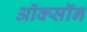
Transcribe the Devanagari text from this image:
ऑक्सॉन